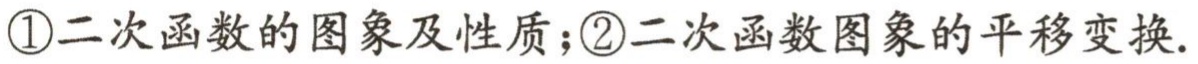
\textcircled{1}二次函数的图象及性质；\textcircled{2}二次函数图象的平移变换.